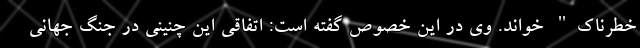
خطرناک" خواند. وی در این خصوص گفته است: اتفاقی این چنینی در جنگ جهانی